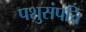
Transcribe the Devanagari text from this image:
पशुसंपत्ति